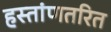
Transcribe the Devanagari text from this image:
हस्तांणतरित